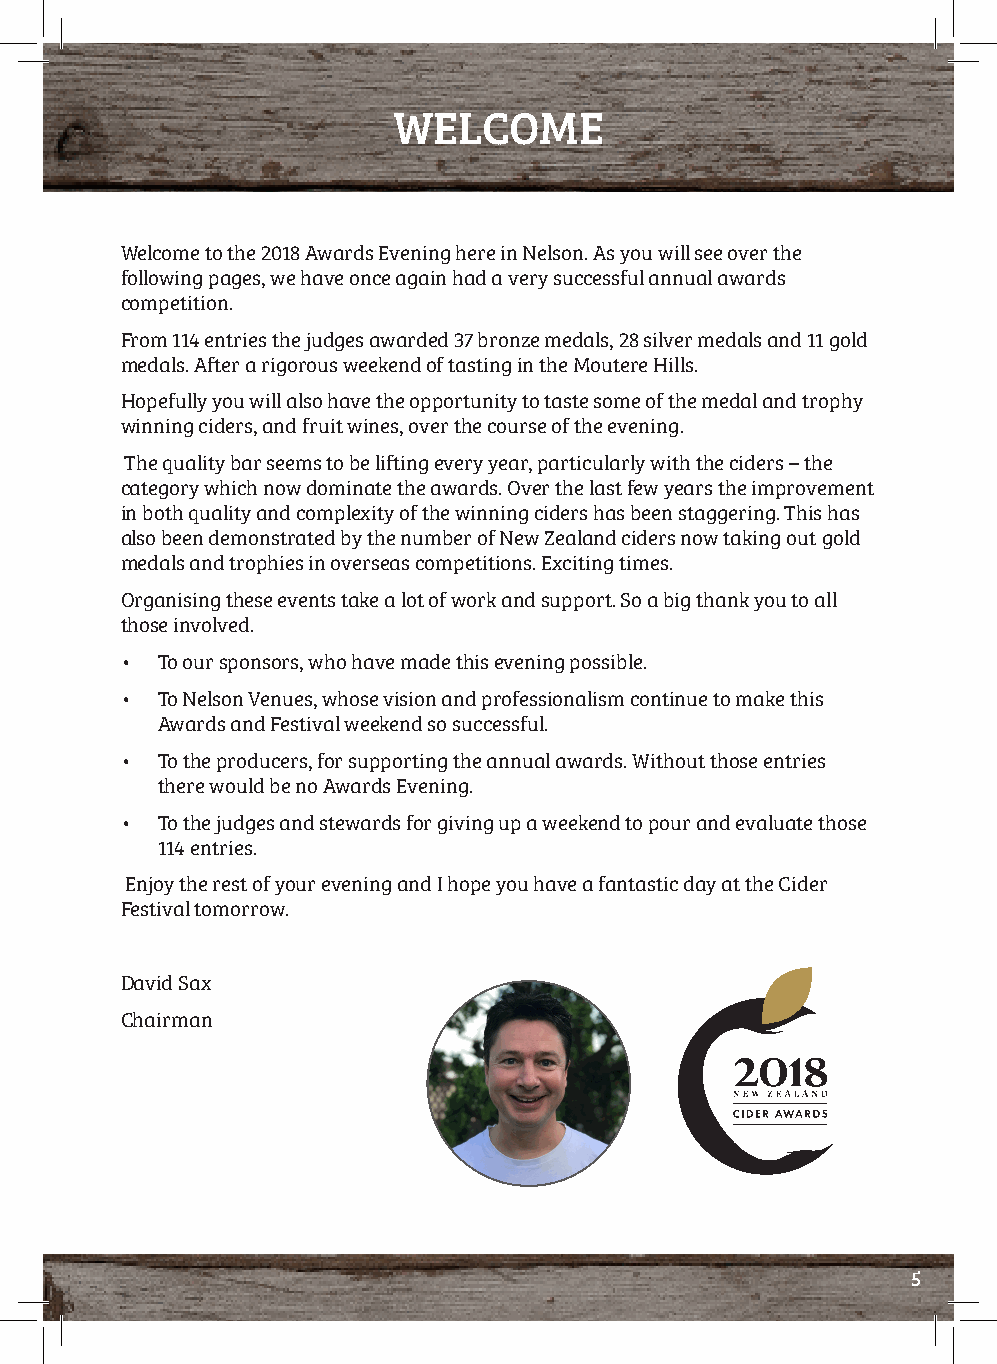
WELCOME
 Welcome to the 2018 Awards Evening here in Nelson. As you will see over the
 following pages, we have once again had a very successful annual awards
 competition.
 From 114 entries the judges awarded 37 bronze medals, 28 silver medals and 11 gold
 medals. After a rigorous weekend of tasting in the Moutere Hills.
 Hopefully you will also have the opportunity to taste some of the medal and trophy
 winning ciders, and fruit wines, over the course of the evening.
 The quality bar seems to be lifting every year, particularly with the ciders – the
 category which now dominate the awards. Over the last few years the improvement
 in both quality and complexity of the winning ciders has been staggering. This has
 also been demonstrated by the number of New Zealand ciders now taking out gold
 medals and trophies in overseas competitions. Exciting times.
 Organising these events take a lot of work and support. So a big thank you to all
 those involved.
 • To our sponsors, who have made this evening possible.
 • To Nelson Venues, whose vision and professionalism continue to make this
 Awards and Festival weekend so successful.
 • To the producers, for supporting the annual awards. Without those entries
 there would be no Awards Evening.
 • To the judges and stewards for giving up a weekend to pour and evaluate those
 114 entries.
 Enjoy the rest of your evening and I hope you have a fantastic day at the Cider
 Festival tomorrow.
 David Sax
 Chairman
 5